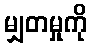
မျှတမှုကို